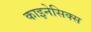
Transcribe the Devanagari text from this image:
काइनेसिक्स